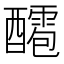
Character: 𨣙